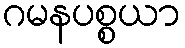
ဂမနပစ္စယာ